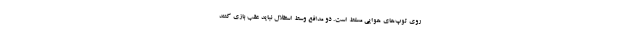
روی توپ‌های هوایی مسلط است. دو مدافع وسط استقلال نباید عقب بازی کنند